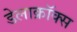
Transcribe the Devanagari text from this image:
डेलाक्रॉक्स